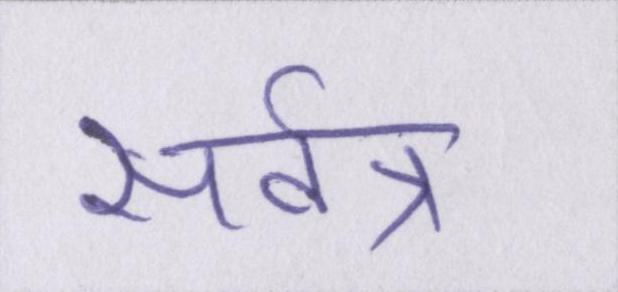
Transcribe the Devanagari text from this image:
सर्वत्र